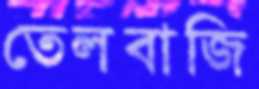
তেলবাজি